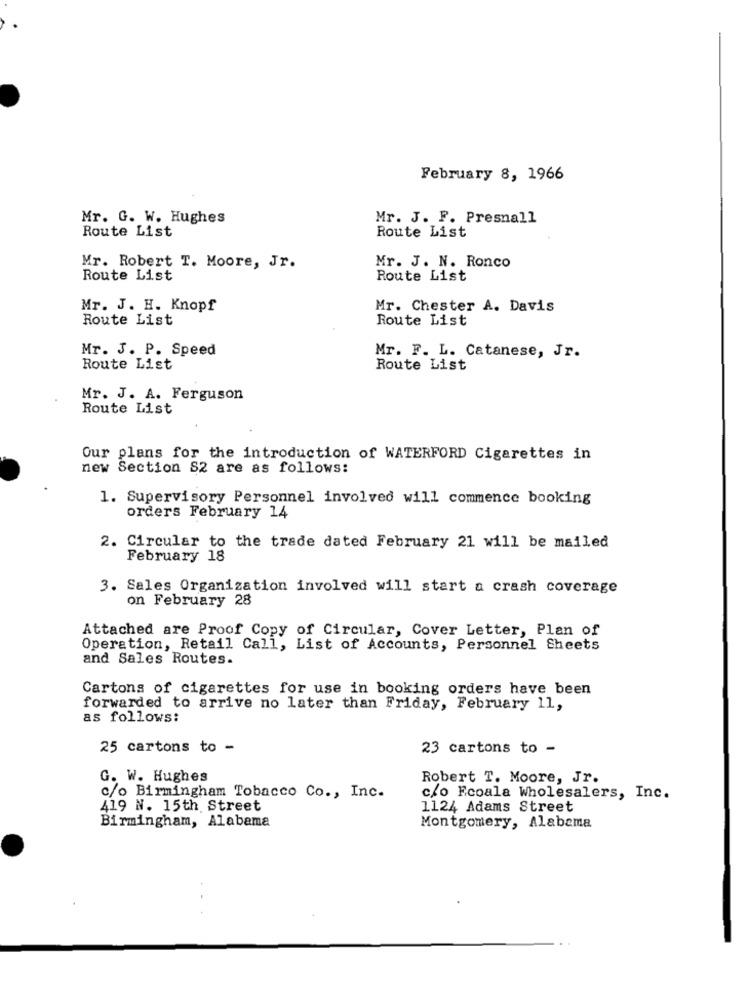
February 8, 1966
Mr. G. W. Hughes
Mr. J. F. Presnall
Route List
Route List
Mr. Robert T. Moore, Jr.
Mr. J. N. Ronco
Route List
Route List
Mr. J. H. Knopf
Mr. Chester A. Davis
Route List
Route List
Mr. J. P. Speed
Mr. F. L. Catanese, Jr.
Route List
Route List
Mr. J. A. Ferguson
Route List
Our plans for the introduction of WATERFORD Cigarettes in
new Section S2 are as follows:
1. Supervisory Personnel involved will commence booking
orders February 14
2. Circular to the trade dated February 21 will be mailed
February 18
3. Sales Organization involved will start a crash coverage
on February 28
Attached are Proof Copy of Circular, Cover Letter, Plan of
Operation, Retail Call, List of Accounts, Personnel Sheets
and Sales Routes.
Cartons of cigarettes for use in booking orders have been
forwarded to arrive no later than Friday, February 11,
as follows:
25 cartons to -
23 cartons to -
G. W. Hughes
Robert T. Moore, Jr.
c/o Birmingham Tobacco Co ., Inc.
c/o Fcoala Wholesalers, Inc.
419 N. 15th Street
1124 Adams Street
Birmingham, Alabama
Montgomery, Alabama